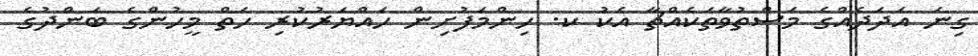
ގިނަ އަދަދެއްގެ މަސްތުވާތަކެއްޗާ އެކު ކ. ހިންމަފުށިން ހައްޔަރުކުރި ހަތް މީހުންގެ ބަންދުގެ